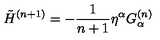
\tilde { H } ^ { ( n + 1 ) } = - \frac { 1 } { n + 1 } \eta ^ { \alpha } G _ { \alpha } ^ { ( n ) }